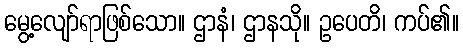
မွေ့လျော်ရာဖြစ်သော။ ဌာနံ၊ ဌာနသို။ ဥပေတိ၊ ကပ်၏။